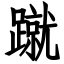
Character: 蹴